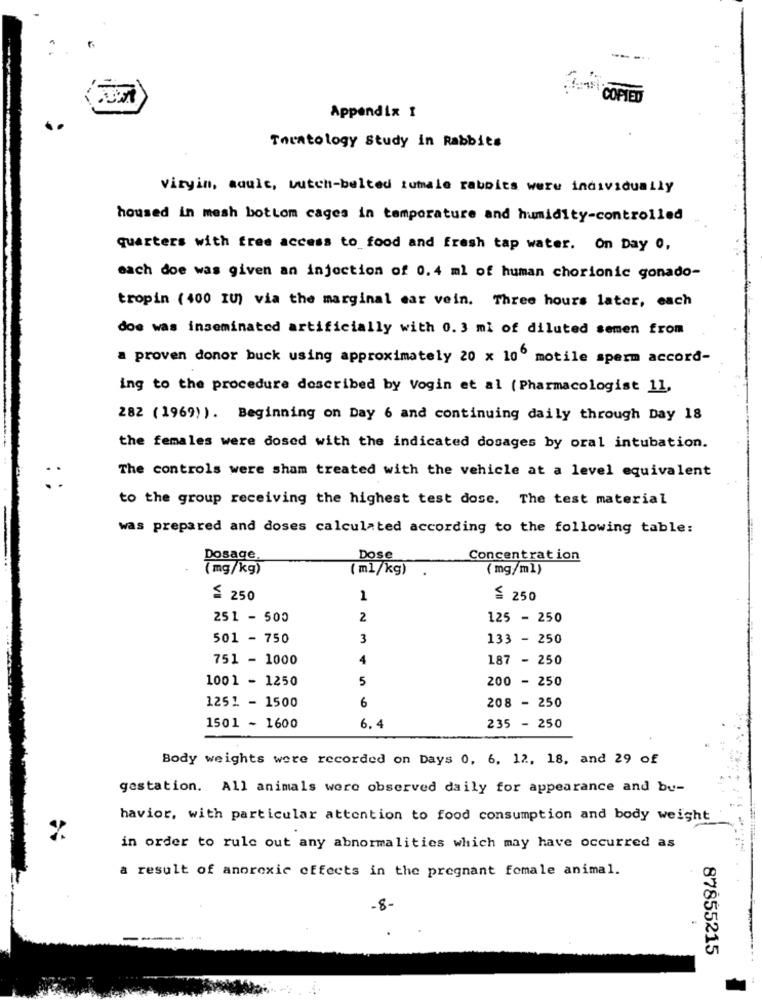
COPIED
Appendix 1
Tnentology Study in Rabbits
Viryin, adult, butch-belted tumale rabbits were individually
housed in mesh bottom cages in temporature and humidity-controlled
quarters with free access to food and fresh tap water. On Day 0,
each doe was given an injection of 0.4 ml of human chorionic gonado-
tropin (400 IU) via the marginal ear vein. Three hours later, each
doe was inseminated artificially with 0.3 mi of diluted semen from
a proven donor buck using approximately 20 x 100 motile sperm accord-
ing to the procedure described by Vogin et al (Pharmacologist 11,
282 (1969) ). Beginning on Day 6 and continuing daily through Day 18
the females were dosed with the indicated dosages by oral intubation.
The controls were sham treated with the vehicle at a level equivalent
to the group receiving the highest test dose. The test material
was prepared and doses calculated according to the following table:
Dosage,
Dose
Concentration
(mg/kg)
( ml/kg)
(mg/ml)
$ 250
1
VI
251 - 500
2
125 - 250
501 - 750
3
133 - 250
751 - 1000
4
187 - 250
1001 - 1250
5
200 - 250
1251 - 1500
6
208 - 250
1501 - 1600
6.4
235 - 250
Body weights were recorded on Days 0, 6. 12, 18, and 29 of
gestation. All animals were observed daily for appearance and bu-
havior, with particular attention to food consumption and body weight
in order to rule out any abnormalities which may have occurred as
a result of anorexic effects in the pregnant female animal.
-8-
87855215